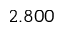
2 . 8 0 0